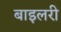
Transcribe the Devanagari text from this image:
बाइलरी